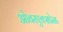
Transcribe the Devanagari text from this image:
ओवरएक्सप्रेस्ड